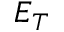
E _ { T }